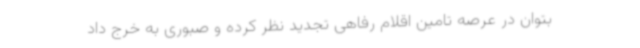
بتوان در عرصه تامین اقلام رفاهی تجدید نظر کرده و صبوری به خرج داد